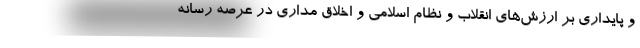
و پایداری بر ارزش‌های انقلاب و نظام اسلامی و اخلاق مداری در عرصه رسانه